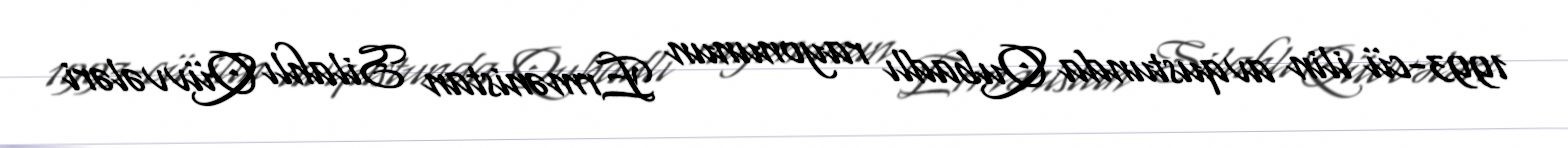
1993-cü ilin avqustunda Qubadlı rayonunun Ermənistan Silahlı Qüvvələri